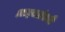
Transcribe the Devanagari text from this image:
आइसलंडची